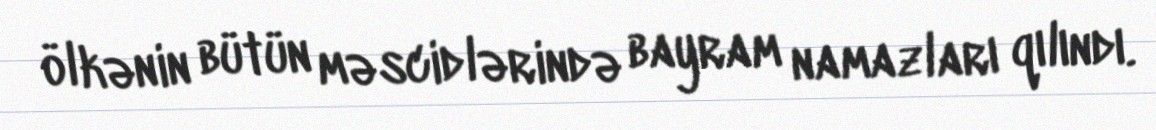
ölkənin bütün məscidlərində bayram namazları qılındı.